Insane asylums Bombay 1873-77 - 1873-1877
Year: 1873
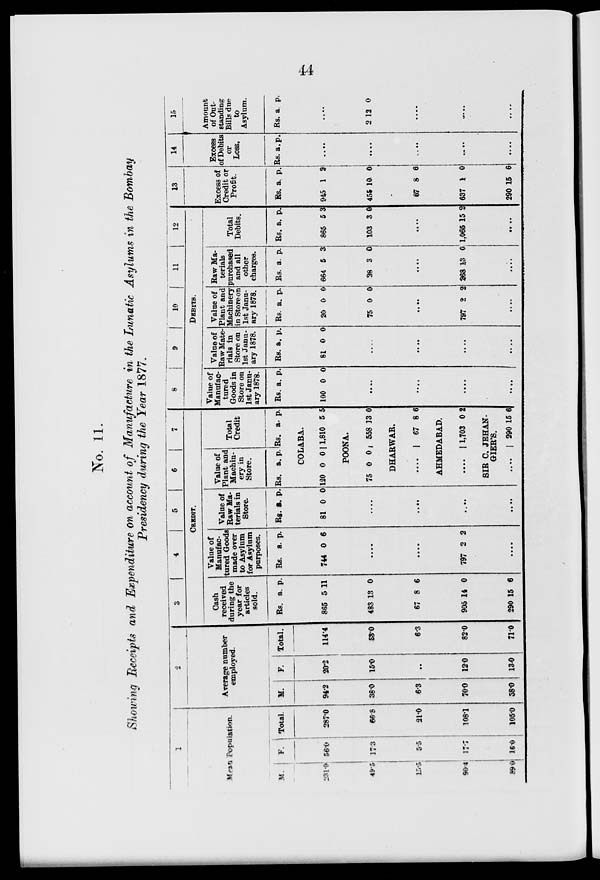
44
No. 11.
Showing Receipts and Expenditure on account of Manufacture in the Lunatic Asylums in the Bombay
Presidency during the Year 1877.
1
Mean Population.
M.
231.0
49.5
15.5
90.4
89.0
F.
56.0
17.3
5.5
17.7
16.0
Total.
287.0
66.8
21.0
108.1
105.0
2
Average number
employed.
M.
94.2
38.0
6.3
70.0
58.0
F.
20.2
15.0
..
12.0
13.0
Total.
114.4
53.0
6.3
82.0
71.0
3
4
5
6
7
CREDIT.
Cash
received
during the
year for
articles
sold.
Rs. a. p.
865 5 11
483 13 0
67 8 6
905 14 0
290 15 6
Value of
Manufac-
tured Goods
made over
to Asylum
for Asylum
purposes.
Rs. a. p.
744 0 6
....
....
797 2 2
....
Value of
Raw Ma-
terials in
Store.
Rs. a. p.
81 0 0
....
....
....
....
Value of
Plant and
Machin-
ery in
Store.
Rs. a. p.
Total
Credit.
Rs. a. p.
COLABA.
120 0 0 1,810 5 5
POONA.
75 0 0 558 13 0
DHARWAR.
....
67 8 6
AHMEDABAD.
....
1,703 0 2
SIR C. JEHAN-
GIER'S.
....
290 15 6
8
9
10 11 12
DEBITS.
Value of
Manufac-
tured
Goods in
Store on
1st Janu-
ary 1878.
Rs.
100
a.
0
p.
0
....
....
....
....
Value of
Raw Mate-
rials in
Store on
1st Janu-
ary 1878.
Rs.
81
a.
0
p.
0
....
....
....
....
Value of
Plant and
Machinery
in Store on
1st Janu-
ary 1878.
Rs. a. p.
20 0 0
75 0 0
....
797 2 2
....
Raw Ma-
terials
purchased
and all
other
charges.
Rs. a. p.
664 5 3
28 3 0
....
268 13 0
....
Total
Debits.
Rs. a. p.
865 5 3
103 3 0
....
1,065 15 2
....
13
Excess of
Credit or
Profit.
Rs. a. p.
945 1 2
455 10 0
67 8 6
637 1 0
290 15 6
14
Excess
of Debits
or
Loss.
Rs. a. p.
....
....
....
....
....
15
Amount
of Out-
standing
Bills due
to
Asylum.
Rs. a. p.
....
2 12 0
....
....
....